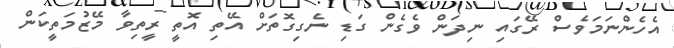
އެހެންނަމަވެސް ރޭގައި ނިދަން ވެގެން ގަޑި ނެގިގޮތަށް އޭތި އޮތީ ރީތިވާ މޭޒުމަތީކަން